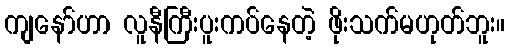
ကျနော်ဟာ လူနီကြီးပူးကပ်နေတဲ့ ဖိုးသက်မဟုတ်ဘူး။